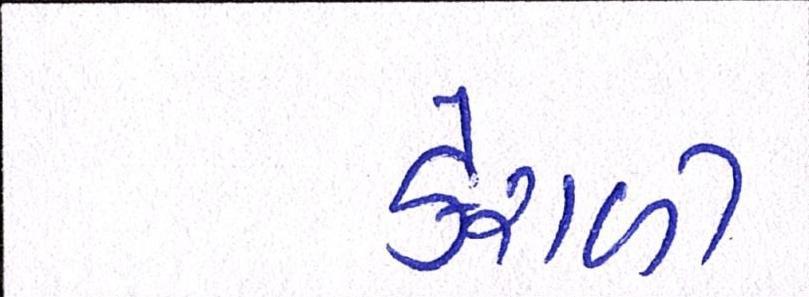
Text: કેરાળી